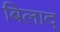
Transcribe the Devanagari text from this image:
बिलाद्